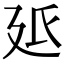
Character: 𭚓